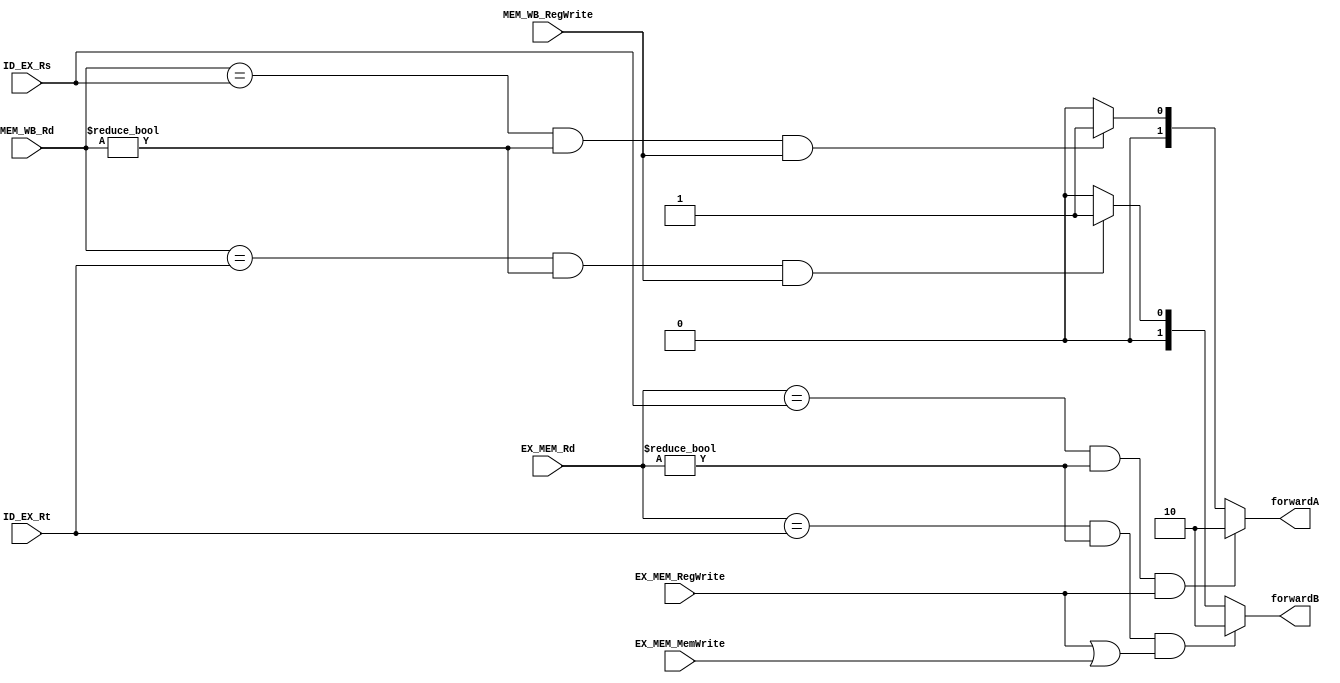
`timescale 1ns / 1ps
//////////////////////////////////////////////////////////////////////////////////
// Company: 
// Engineer: 
// 
// Design Name: 
// Module Name: forwardingUnit
// Project Name: 
// Target Devices: 
// Tool Versions: 
// Description: 
// 
// Dependencies: 
// 
// Revision:
// Revision 0.01 - File Created
// Additional Comments:
// 
//////////////////////////////////////////////////////////////////////////////////


module forwardingUnit(forwardA, forwardB, ID_EX_Rs, ID_EX_Rt, EX_MEM_Rd, MEM_WB_Rd, EX_MEM_RegWrite, EX_MEM_MemWrite, MEM_WB_RegWrite);
    
    output [1:0] forwardA, forwardB;
    input [4:0] ID_EX_Rs, ID_EX_Rt, EX_MEM_Rd, MEM_WB_Rd;
    input EX_MEM_RegWrite, EX_MEM_MemWrite, MEM_WB_RegWrite; 

    assign forwardA = ((EX_MEM_Rd == ID_EX_Rs) && (EX_MEM_Rd != 5'b0) && (EX_MEM_RegWrite)) ? 2'b10 : // One-Ahead                       
        ((MEM_WB_Rd == ID_EX_Rs) && (MEM_WB_Rd != 5'b0) && (MEM_WB_RegWrite)) ? 2'b01 : 2'b00;        // Two-Ahead
        
    assign forwardB = ((EX_MEM_Rd == ID_EX_Rt) && (EX_MEM_Rd != 5'b0) && (EX_MEM_RegWrite || EX_MEM_MemWrite)) ? 2'b10 : // One-Ahead 
        ((MEM_WB_Rd == ID_EX_Rt) && (MEM_WB_Rd != 5'b0) && (MEM_WB_RegWrite)) ? 2'b01 : 2'b00;                           // Two-Ahead
        
endmodule